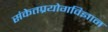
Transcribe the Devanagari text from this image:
संकेतप्रयोगविज्ञान